Problem: 14 + 5 = ?
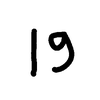
Handwritten answer: 19